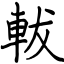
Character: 軷